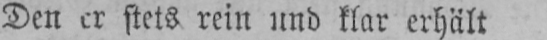
Den er stets rein und klar erhält